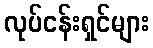
လုပ်ငန်းရှင်များ